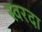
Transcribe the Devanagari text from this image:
स्वरदा